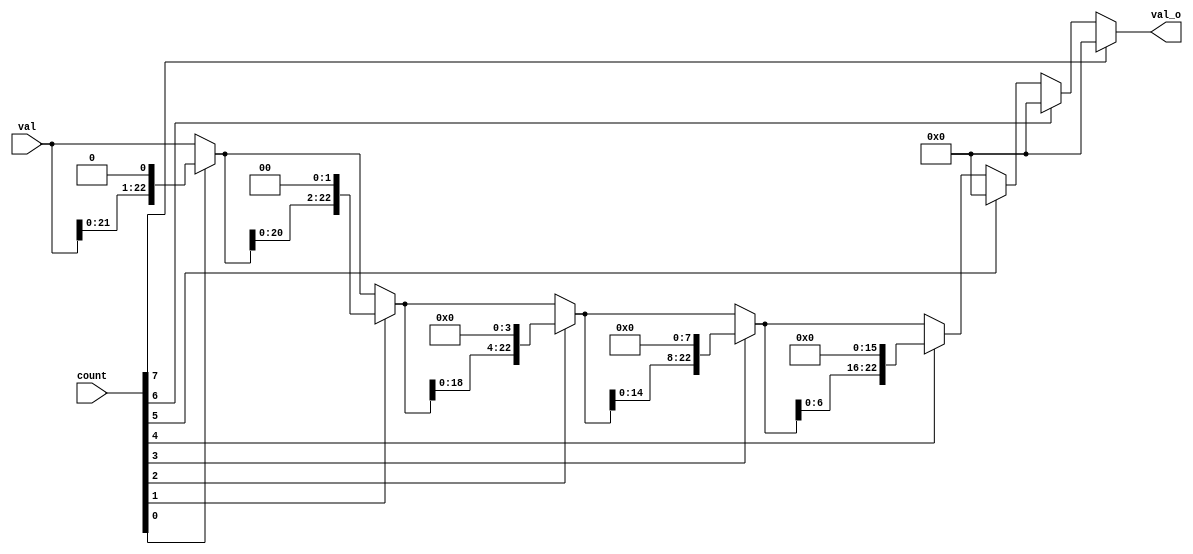
// ---------------------------------------------------
//
// Description: left shift
//
// Version    : 1.0
// ---------------------------------------------------

module fp_lshift #(
          parameter SHIFTWIDTH = 8,
          parameter DATAWIDTH  = 23
      )(
        input  wire [DATAWIDTH-1 :0] val,
        input  wire [SHIFTWIDTH-1:0] count,
        // append 2 bit to the end
        output wire [DATAWIDTH-1 :0] val_o
      );

  reg [SHIFTWIDTH*DATAWIDTH-1:0] _val;
  // initialization
  always@(count or val) begin
    if(count[0] == 1'b1)
      _val[DATAWIDTH-1:0] = val << 1;
    else
      _val[DATAWIDTH-1:0] = val;
  end

  genvar _cnt;
  generate
    for(_cnt=1; _cnt<SHIFTWIDTH; _cnt=_cnt+1)
      begin: shift_gen

        always@(count or _val[_cnt*DATAWIDTH-1 : (_cnt-1)*DATAWIDTH]) begin
          if(count[_cnt] == 1'b1)
            _val[(_cnt+1)*DATAWIDTH-1 : _cnt*DATAWIDTH] = _val[_cnt*DATAWIDTH-1 : (_cnt-1)*DATAWIDTH] << (2**_cnt);
          else
            _val[(_cnt+1)*DATAWIDTH-1 : _cnt*DATAWIDTH] = _val[_cnt*DATAWIDTH-1 : (_cnt-1)*DATAWIDTH];
        end

      end
  endgenerate

  assign val_o = _val[SHIFTWIDTH*DATAWIDTH-1 : (SHIFTWIDTH-1)*DATAWIDTH];

endmodule